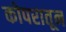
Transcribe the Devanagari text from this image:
कोपरातून